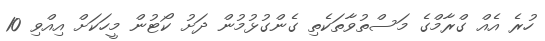
ހުރެ އެއް ގްރާމްގެ މަސްތުވާތަކެތި ގެންގުޅުމުން ދަށު ކޯޓުން މީހަކަށް އިއްވި 10